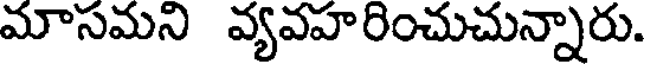
మాసమని వ్యవహరించుచున్నారు.